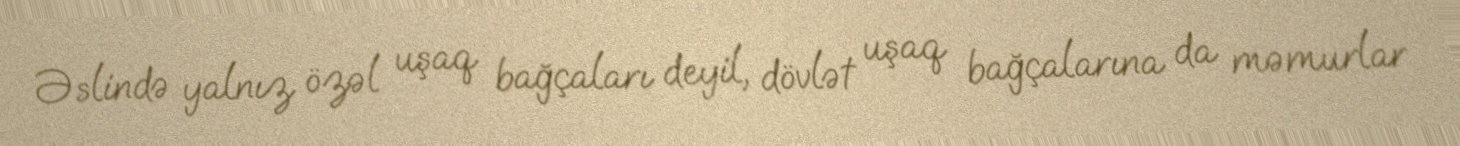
Əslində yalnız özəl uşaq bağçaları deyil, dövlət uşaq bağçalarına da məmurlar